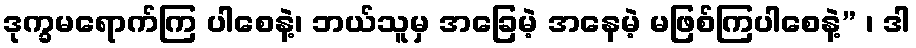
ဒုက္ခမရောက်ကြ ပါစေနဲ့၊ ဘယ်သူမှ အခြေမဲ့ အနေမဲ့ မဖြစ်ကြပါစေနဲ့” ၊ ဒါ